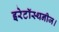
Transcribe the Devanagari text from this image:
इरेटॉस्थनीज।